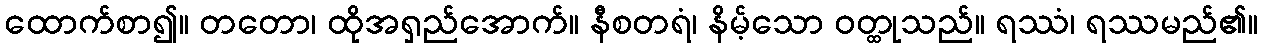
ထောက်စာ၍။ တတော၊ ထိုအရှည်အောက်။ နီစတရံ၊ နိမ့်သော ဝတ္ထုသည်။ ရဿံ၊ ရဿမည်၏။